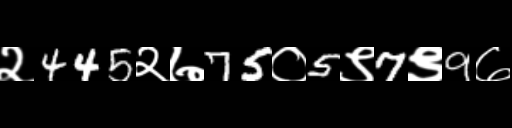
Text: २445२७75०5९7९9७